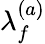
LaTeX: \lambda_{f}^{(a)}